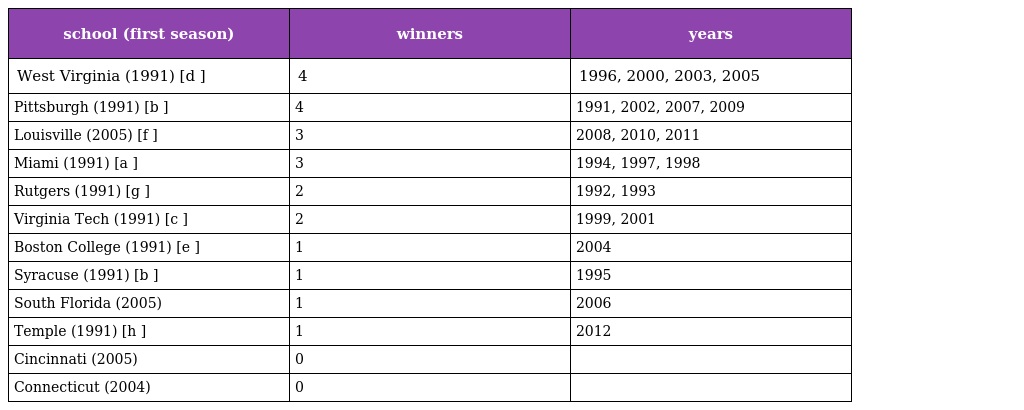
| school (first season) | winners | years |
 | --- | --- | --- |
 | West Virginia (1991) [d ] | 4 | 1996, 2000, 2003, 2005 |
 | Pittsburgh (1991) [b ] | 4 | 1991, 2002, 2007, 2009 |
 | Louisville (2005) [f ] | 3 | 2008, 2010, 2011 |
 | Miami (1991) [a ] | 3 | 1994, 1997, 1998 |
 | Rutgers (1991) [g ] | 2 | 1992, 1993 |
 | Virginia Tech (1991) [c ] | 2 | 1999, 2001 |
 | Boston College (1991) [e ] | 1 | 2004 |
 | Syracuse (1991) [b ] | 1 | 1995 |
 | South Florida (2005) | 1 | 2006 |
 | Temple (1991) [h ] | 1 | 2012 |
 | Cincinnati (2005) | 0 |  |
 | Connecticut (2004) | 0 |  |